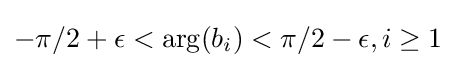
-\pi /2+\epsilon <\arg(b_{i})<\pi /2-\epsilon ,i\geq 1